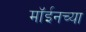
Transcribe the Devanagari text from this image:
मॉईनच्या